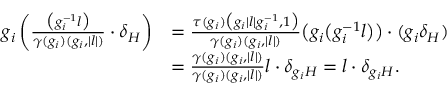
\begin{array} { r l } { g _ { i } \left( \frac { \big ( g _ { i } ^ { - 1 } l \big ) } { \gamma ( g _ { i } ) ( g _ { i } , | l | ) } \cdot \delta _ { H } \right) } & { = \frac { \tau ( g _ { i } ) \big ( g _ { i } | l | g _ { i } ^ { - 1 } , 1 \big ) } { \gamma ( g _ { i } ) ( g _ { i } , | l | ) } \big ( g _ { i } \big ( g _ { i } ^ { - 1 } l \big ) \big ) \cdot ( g _ { i } \delta _ { H } ) } \\ & { = \frac { \gamma ( g _ { i } ) ( g _ { i } , | l | ) } { \gamma ( g _ { i } ) ( g _ { i } , | l | ) } l \cdot \delta _ { g _ { i } H } = l \cdot \delta _ { g _ { i } H } . } \end{array}